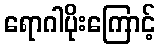
ရောဂါပိုးကြောင့်